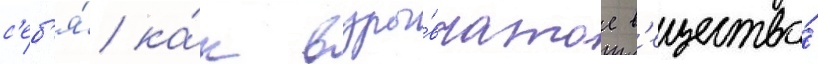
с'еб'я́ ка́к взры́вчатое в'ещество́